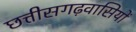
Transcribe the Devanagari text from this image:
छत्तीसगढ़वासियों